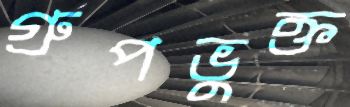
গ্রুপভুক্ত